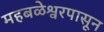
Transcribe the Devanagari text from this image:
महबळेश्वरपासून